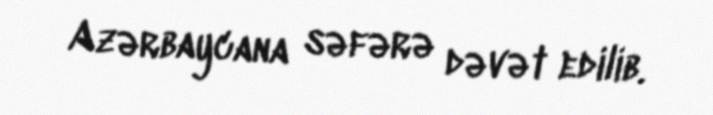
Azərbaycana səfərə dəvət edilib.